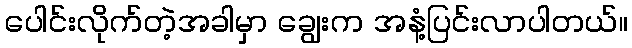
ပေါင်းလိုက်တဲ့အခါမှာ ချွေးက အနံ့ပြင်းလာပါတယ်။